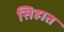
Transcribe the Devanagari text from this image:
सिहात